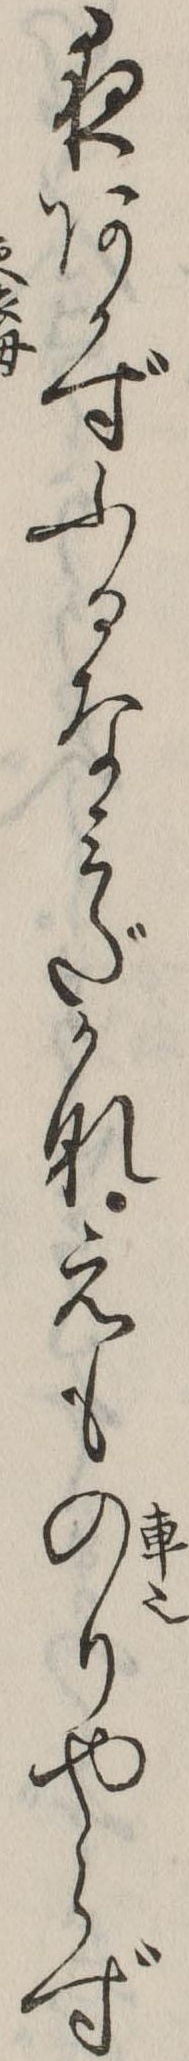
夜あかずふるなみだかなえものりやらず